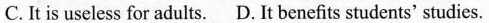
C. It is useless for adults.D. It benefits students' studies.